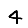
Digit: 4